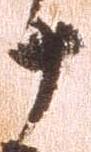
十